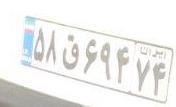
۵۸ق۶۹۴۷۴